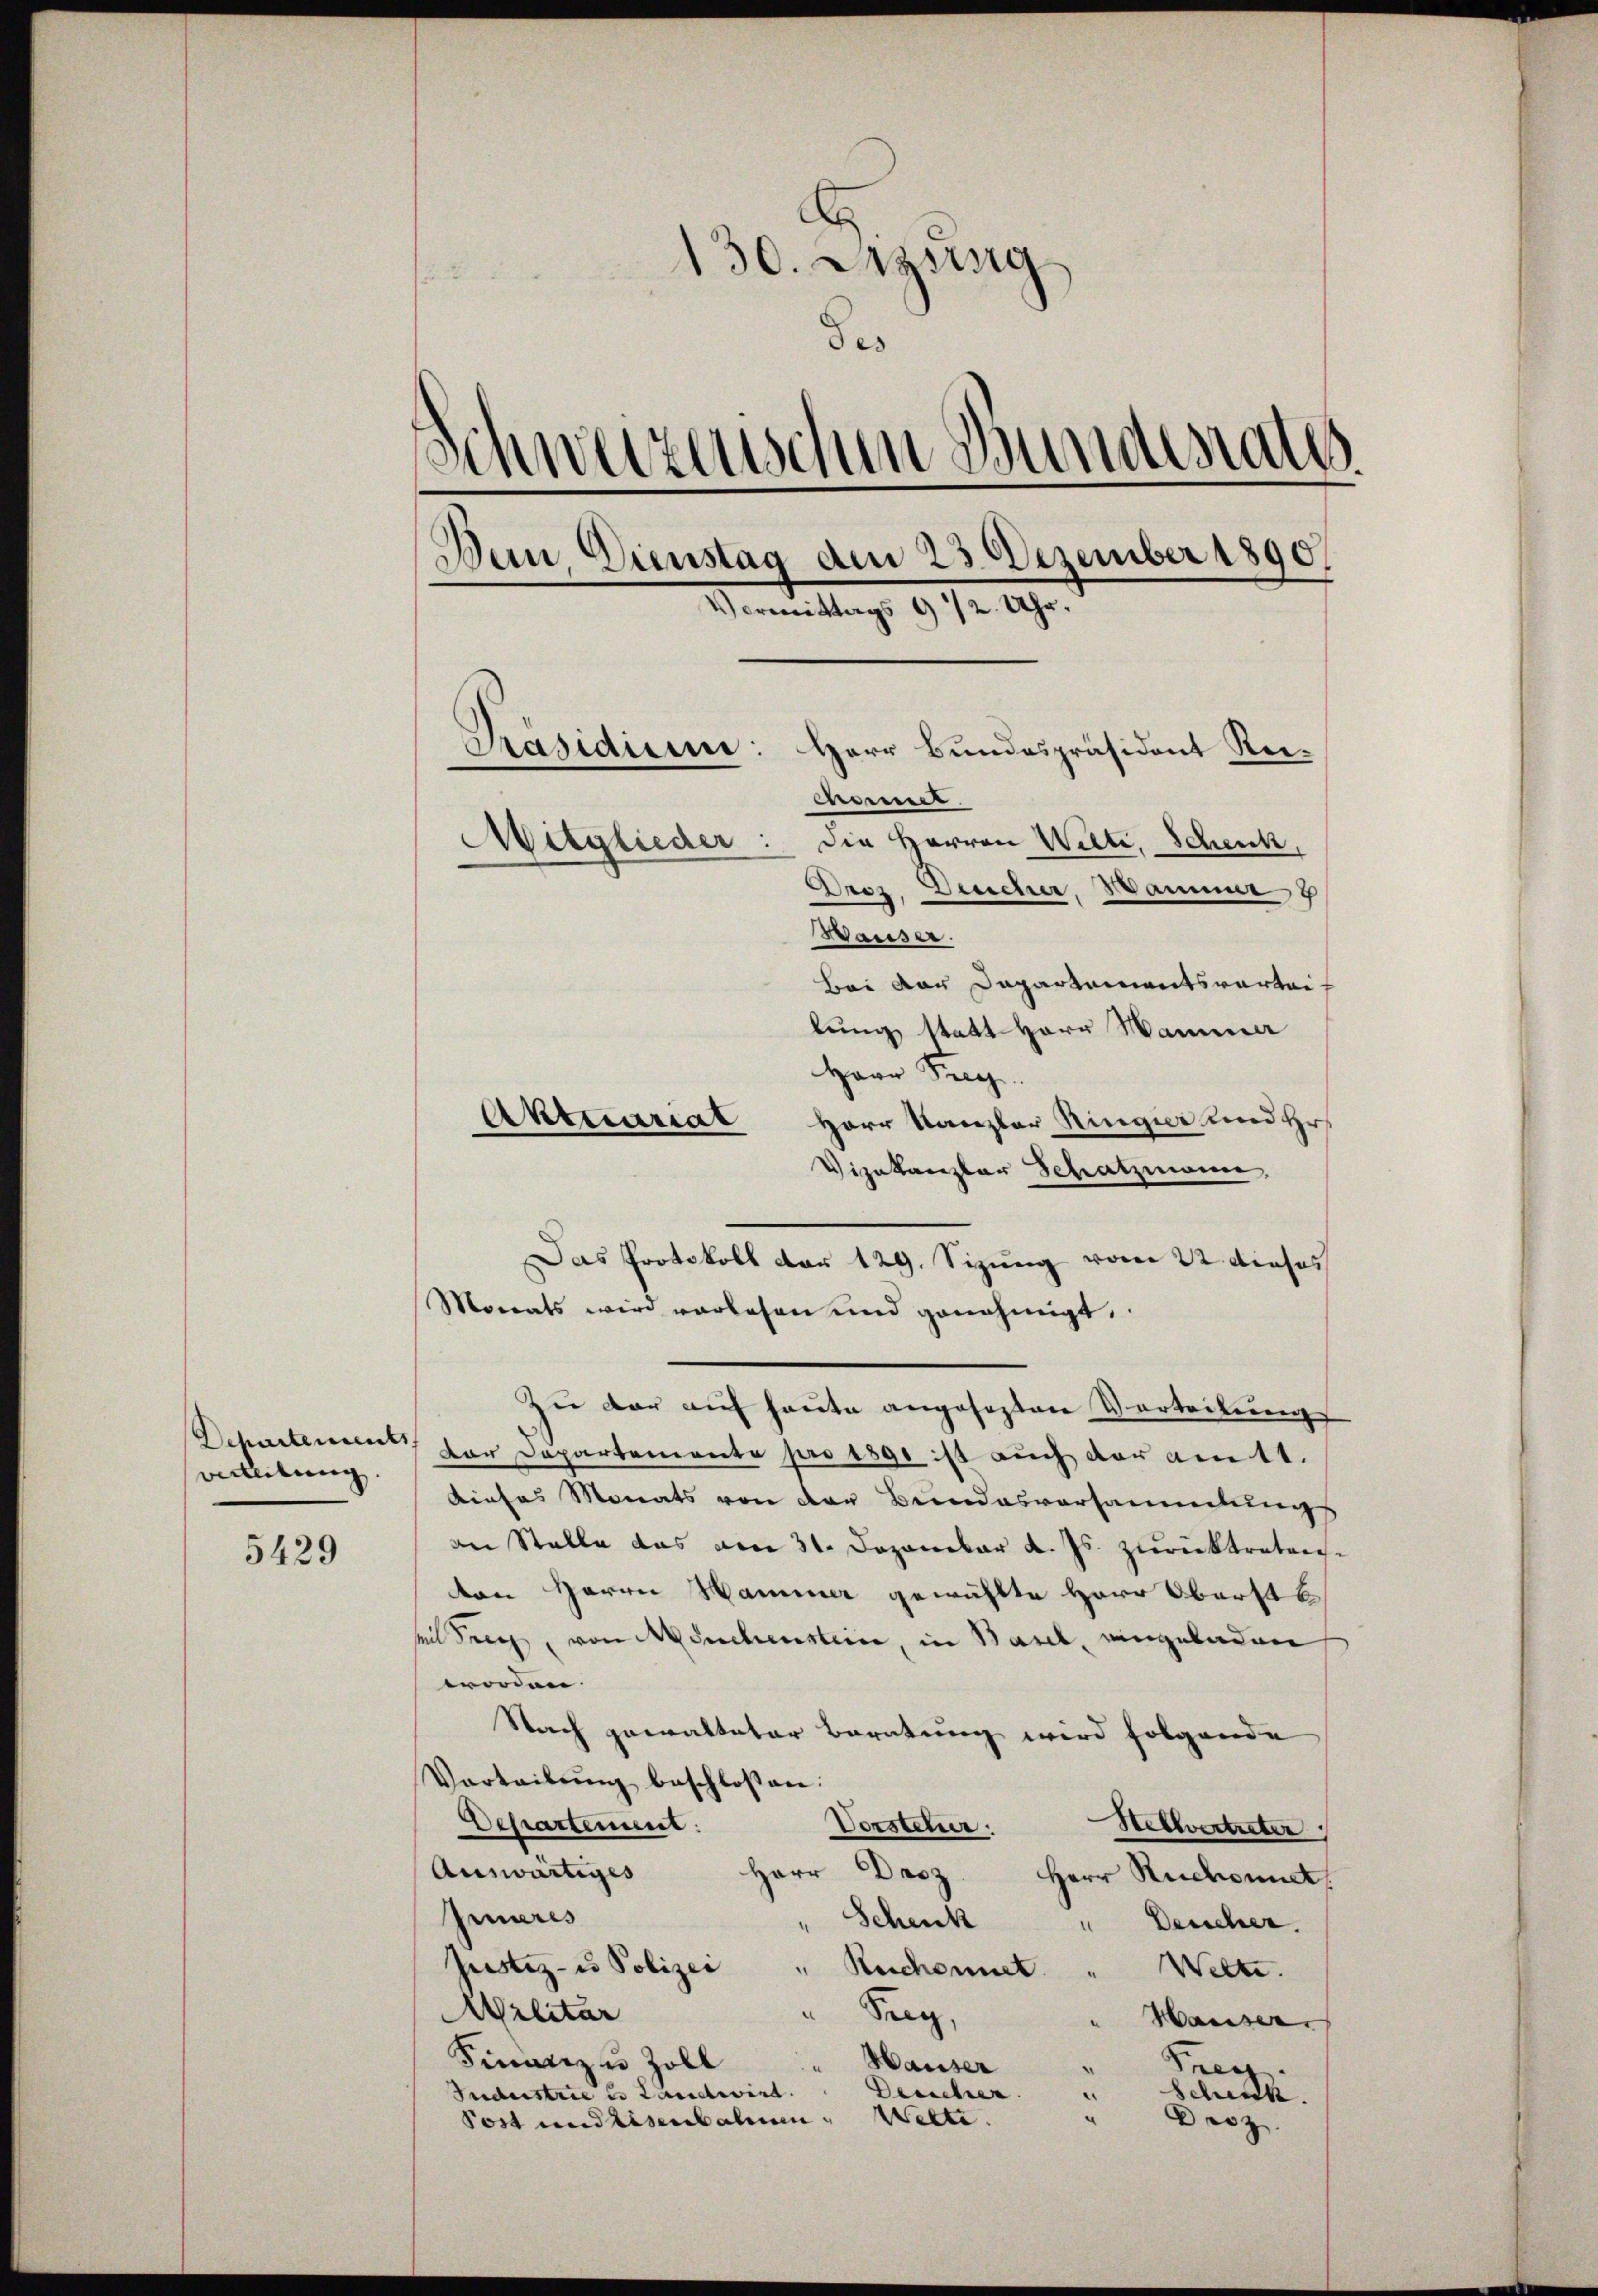
verleitung.

5429

130. Sitzung
des
Schweizerischen Bundesrath
Den Dienstag dem 23. Dezember 1890.
Vormittags 9 1/2 Uhr.
Präsidicine: Herr Bundespräsident Reimnener.
Mitglieder: die Herren Welti, Schenk,
Urez, Deucher, Wamm 8
Wauser.
Bei der Departementsvortei
lung statt Herr Wammer

Herr Frey.
Herr Kanzler Ringier und Hr.
Vizakanzlar Schatzmann,
Das Protokoll vor 129. Sizung vom 22. Dieses
Morrats wird vorlesen und genehmigt.
Zu der auf heute angesezten Vorteilung
Departement der Departemente pro 1890 ist auch der am 11.
Dieses Monats von der Beindesversammlungs
an Stelle das am 31. Dezember d. Js. zurücktreten.
ton Herrn Hammer gewählte Herr Oberste
seil der von Mönchensteine, in Basel, eingeladen
worden
Nach gewalteter Beratung wird folgende
Vorteilŭng beschlossen:
Departement:
Verstetur: Stellvertreter
Herr Droz
Auswärtiges
Herr Ruchonnet
Inneres
Schenk
Deucher.
Justiz- u Polizei
" Reichennet
Welte.
Militär
Fang,
Hauser
Finanz u Zoll
Hauser
Frey.
Deucher
Jndustrie u. Landwird.
Schick
Post und Eisenbahnen Welti.
Droz.

Aktuariat